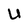
Character: U